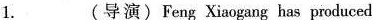
1.___(导演)Feng Xiaogang has produced